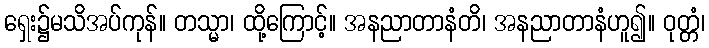
ရှေး၌မသိအပ်ကုန်။ တသ္မာ၊ ထို့ကြောင့်။ အနညာတာနံတိ၊ အနညာတာနံဟူ၍။ ဝုတ္တံ၊